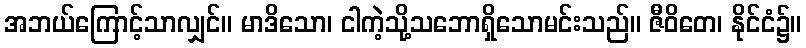
အဘယ်ကြောင့်သာလျှင်။ မာဒိသော၊ ငါကဲ့သို့သဘောရှိသောမင်းသည်။ ဇီဝိတေ၊ နိုင်ငံ၌။